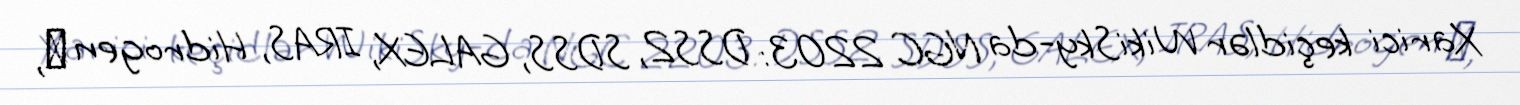
Xarici keçidlər WikiSky-da NGC 2203: DSS2, SDSS, GALEX, IRAS, Hidrogen α,